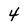
Character: 4